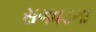
સગવડના